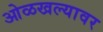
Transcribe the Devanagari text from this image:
ओळखल्यावर